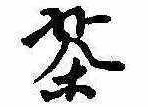
茶